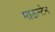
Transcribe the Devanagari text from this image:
माऊन्टेन